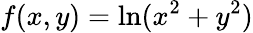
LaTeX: \, \! f(x,y)=\ln(x^{2}+y^{2})